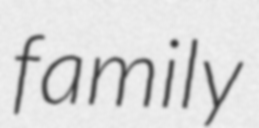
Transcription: family